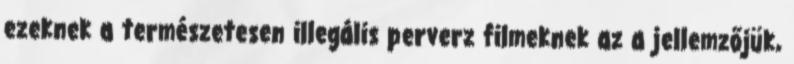
ezeknek a természetesen illegális perverz filmeknek az a jellemzőjük,